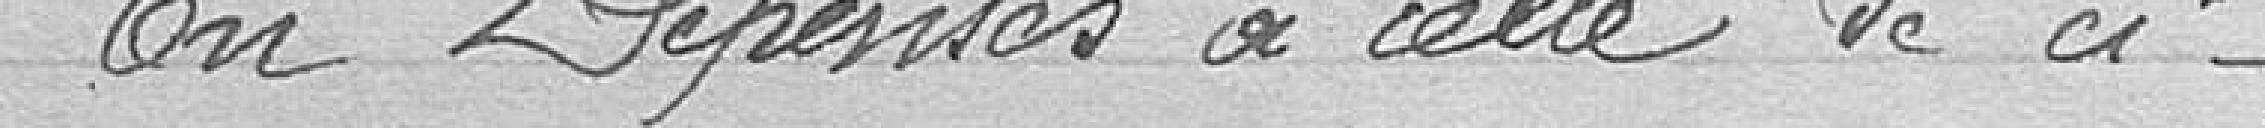
En dépenses à celle de ci